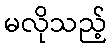
မလိုသည့်